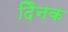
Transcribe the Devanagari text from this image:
दैिनक